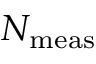
N _ { \mathrm { m e a s } }